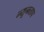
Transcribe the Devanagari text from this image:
न्यूनताप